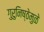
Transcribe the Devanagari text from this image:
गुरुनिष्ठेमुळे